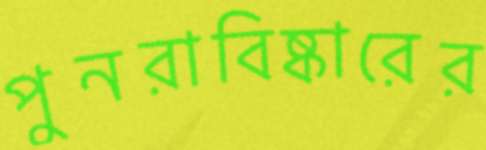
পুনরাবিষ্কারের